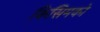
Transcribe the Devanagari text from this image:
किसिमको